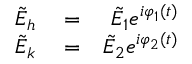
\begin{array} { r l r } { \Tilde { E } _ { h } } & { { } = } & { \Tilde { E } _ { 1 } e ^ { i \varphi _ { 1 } ( t ) } } \\ { \Tilde { E } _ { k } } & { { } = } & { \Tilde { E } _ { 2 } e ^ { i \varphi _ { 2 } ( t ) } } \end{array}